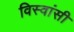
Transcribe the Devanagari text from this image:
विस्‍वांसी